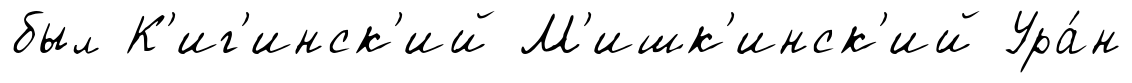
был К'иг'инск'ий М'ишк'инск'ий Ура́н